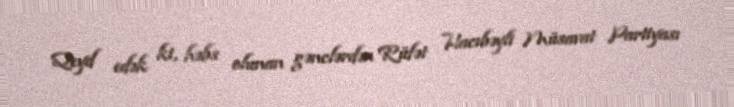
Qeyd edək ki, həbs olunan gənclərdən Rüfət Hacıbəyli Müsavat Partiyası